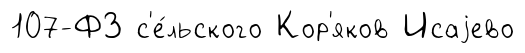
107-ФЗ с'е́льского Кор'яков Исаjево